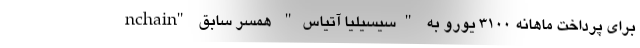
nchain" برای پرداخت ماهانه 3100 یورو به "سیسیلیا آتیاس" همسر سابق